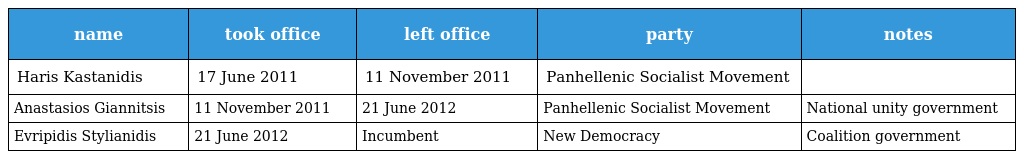
| name | took office | left office | party | notes |
 | --- | --- | --- | --- | --- |
 | Haris Kastanidis | 17 June 2011 | 11 November 2011 | Panhellenic Socialist Movement |  |
 | Anastasios Giannitsis | 11 November 2011 | 21 June 2012 | Panhellenic Socialist Movement | National unity government |
 | Evripidis Stylianidis | 21 June 2012 | Incumbent | New Democracy | Coalition government |